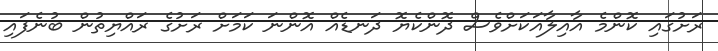
ރަށުގައި ކޮންމެ އާއިލާއަކަށްވެސް ދޮންކެޔޮ ދަނޑެއް އޮންނަ ކަމަށް ރަށުގެ ރައްޔިތުން ބުނެފައި